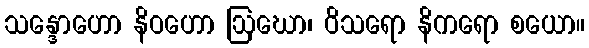
သန္ဒောဟော နိဝဟော ဩဃော၊ ဝိသရော နိကရော စယော။